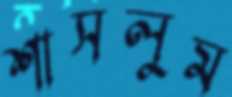
শাসলুম